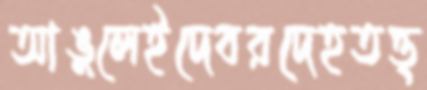
আঙুলেইদেবরদেহতত্ত্